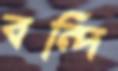
বন্দি